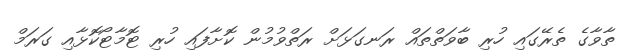
ތާވާގެ ތެރޭގައި ހުރި ބާވަތްތައް ރަނގަޅަށް ރަތްވުމުން ކޮށާފައި ހުރި ޓޮމާޓޯކޮޅާއި ގަރަމް